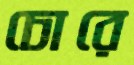
চোরে